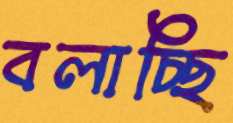
বলাচ্ছি